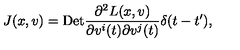
J ( x , v ) = \mathrm { D e t } \frac { \partial ^ { 2 } L ( x , v ) } { \partial v ^ { i } ( t ) \partial v ^ { j } ( t ) } \delta ( t - t ^ { \prime } ) ,